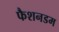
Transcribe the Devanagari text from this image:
फैशनडम